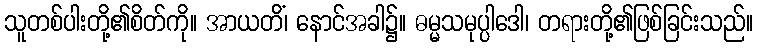
သူတစ်ပါးတို့၏စိတ်ကို။ အာယတိံ၊ နောင်အခါ၌။ ဓမ္မသမုပ္ပါဒေါ၊ တရားတို့၏ဖြစ်ခြင်းသည်။